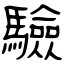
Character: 驗